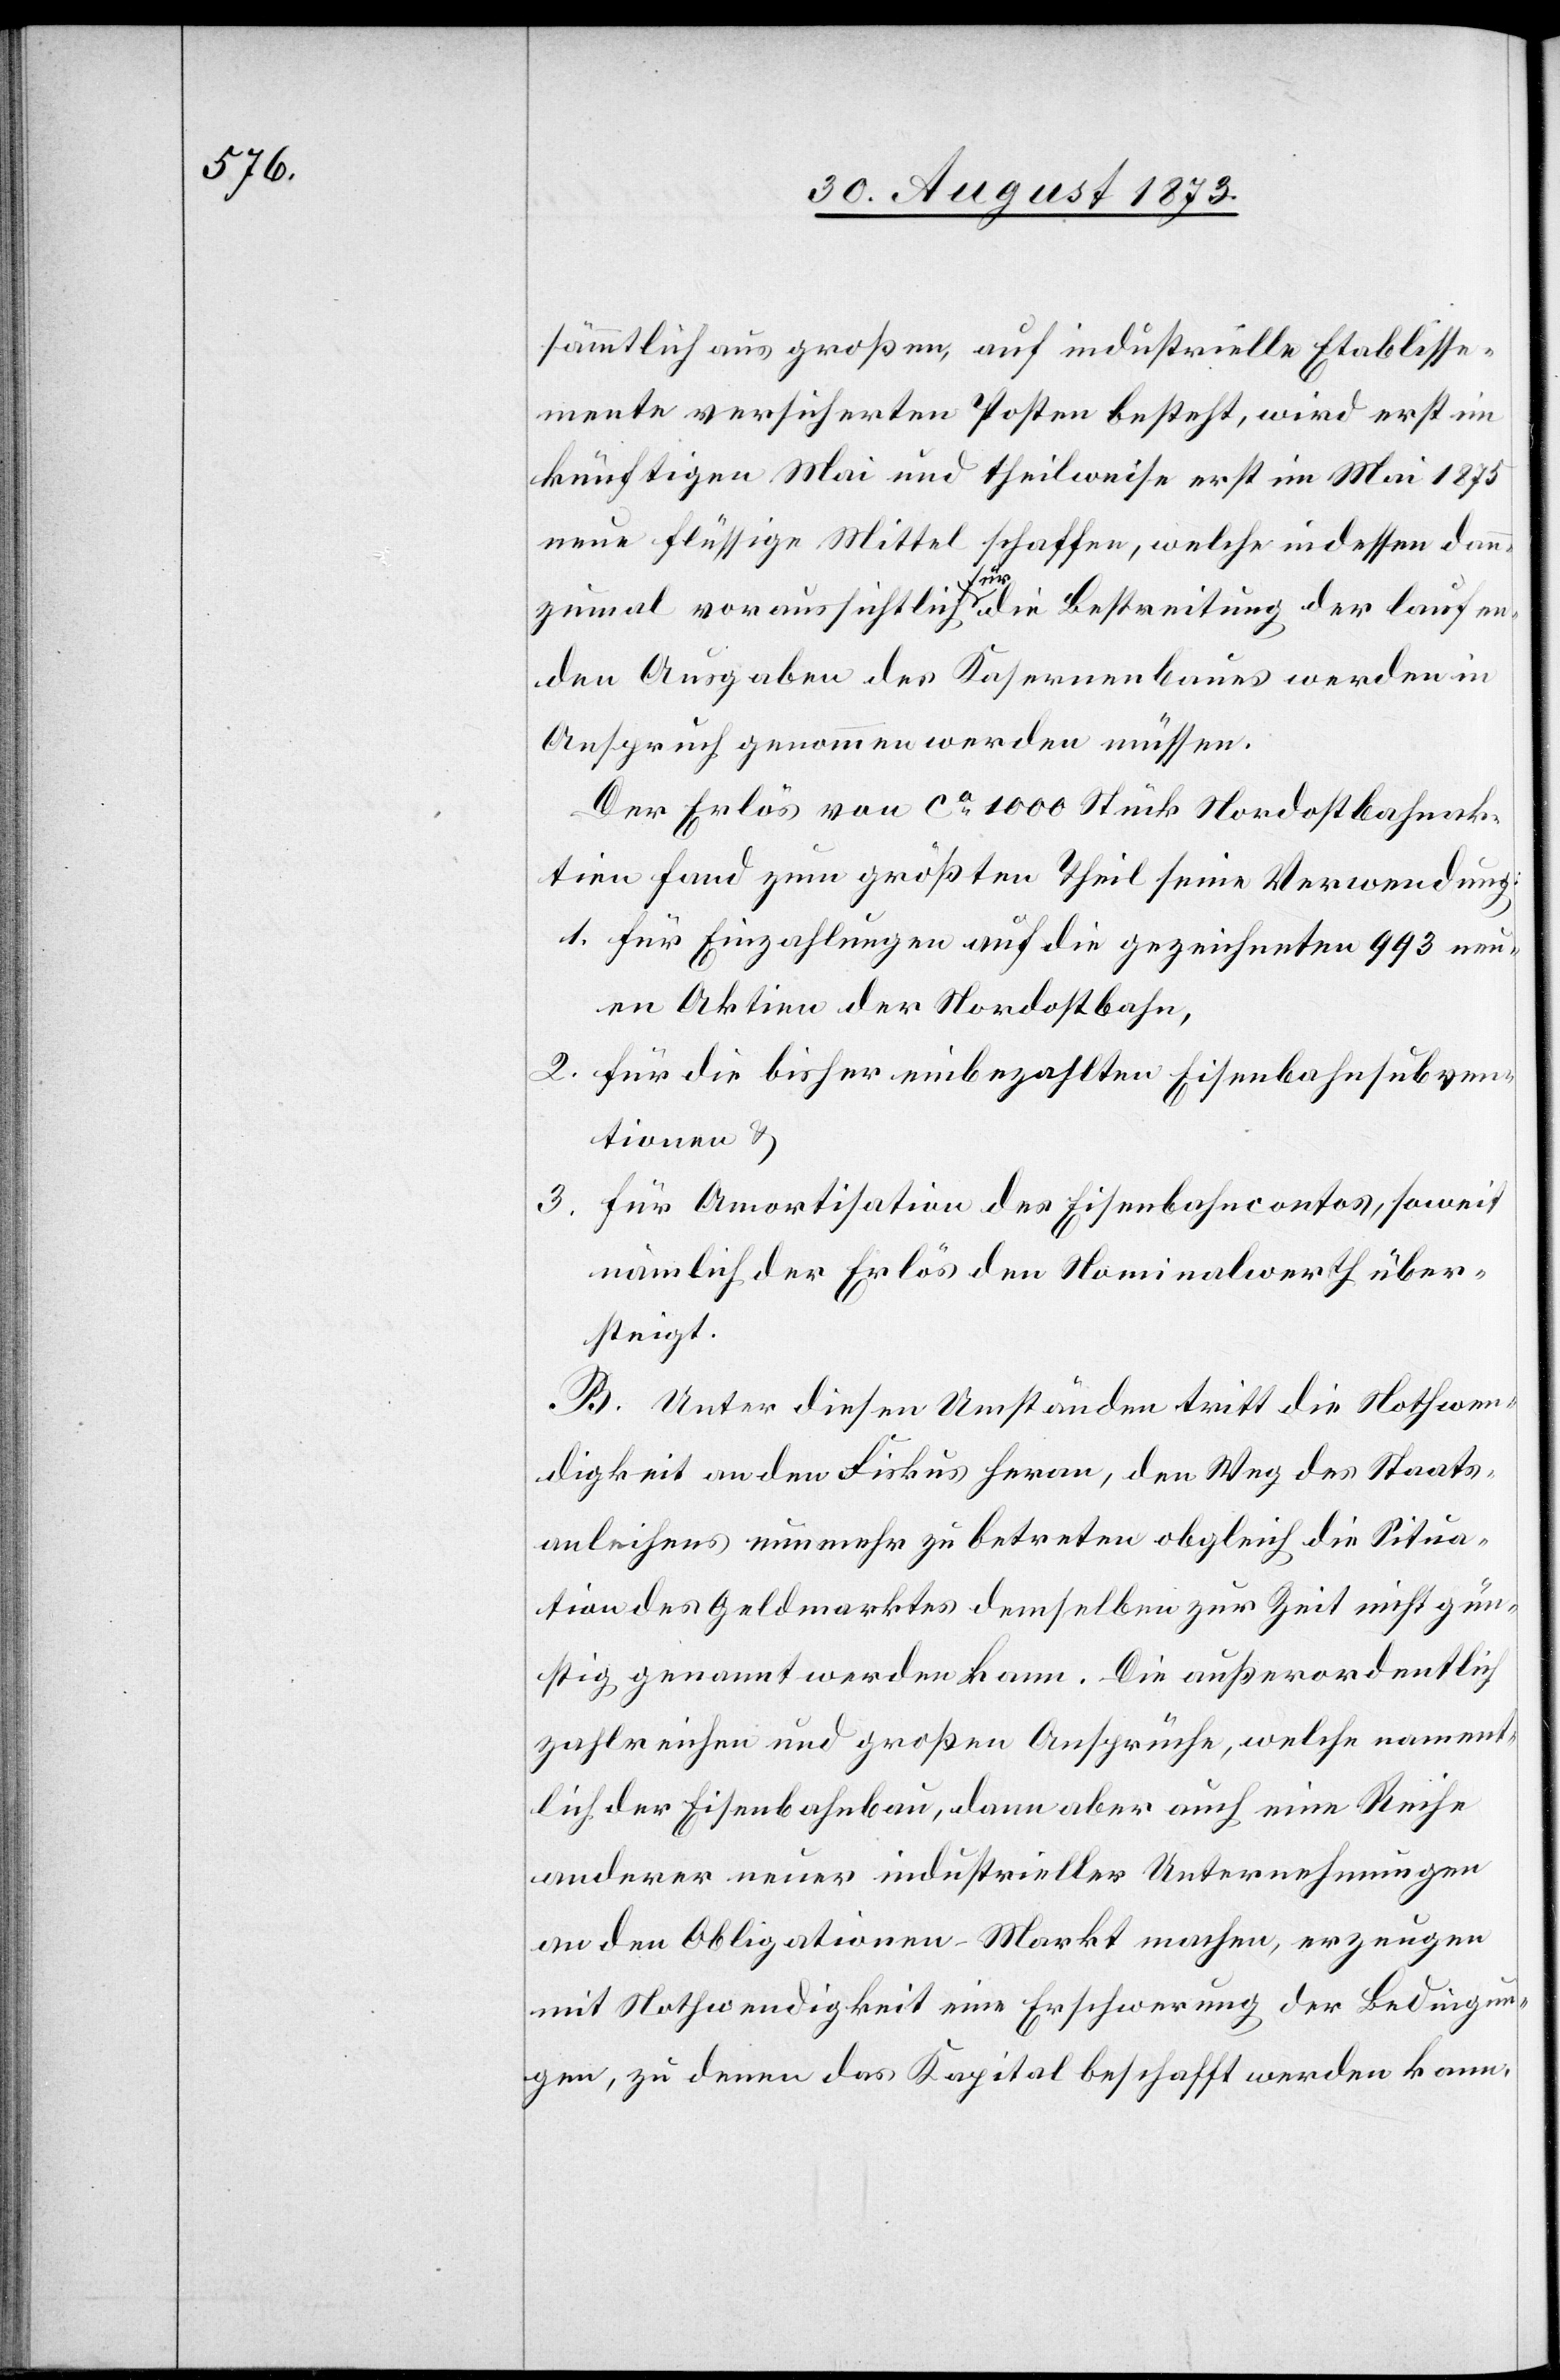
sämmtlich aus großen, auf industrielle Etablisse¬
mente versicherten Posten besteht, wird erst im
künftigen Mai und theilweise erst im Mai 1875
neue flüssige Mittel schaffen, welche indessen dan¬
n¬
zumal voraussichtlich für die Bestreitung der laufen¬
den Ausgaben des Kasernenbaues werden in
Anspruch genommen werden müssen.
Der Erlös von ca 1 000 Stück Nordostbahnak¬
tien fand zum größten Theil seine Verwendung:
1. für Einzahlungen auf die gezeichneten 993 neu¬
en Aktien der Nordostbahn,
2. für die bisher einbezahlten Eisenbahnsubven¬
tionen &
für Amortisation des Eisenbahncontos, soweit
3.
nämlich der Erlös den Nominalwerth über¬
steigt.
B. Unter diesen Umständen tritt die Nothwen¬
digkeit an den Fiskus heran, den Weg des Staats¬
anleihens nunmehr zu betreten obgleich die Situa¬
tion des Geldmarktes demselben zur Zeit nicht gün¬
stig genannt werden kann. Die außerordentlich
zahlreichen und großen Ansprüche, welche nament¬
lich der Eisenbahnbau, dann aber auch eine Reihe
anderer neuer industrieller Unternehmungen
an den Obligationen-Markt machen, erzeugen
mit Nothwendigkeit eine Erschwerung der Bedingun¬
gen, zu denen das Kapital beschafft werden kann.